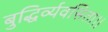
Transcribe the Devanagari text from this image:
बुद्धिर्व्यवसिता।।